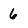
Character: 6